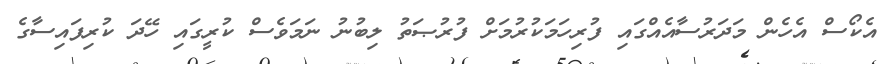
އެކޯސް އެހެން މަދަރުސާއެއްގައި ފުރިހަމަކުރުމަށް ފުރުޞަތު ލިބުނު ނަމަވެސް ކުރީގައި ހޭދަ ކުރިފައިސާގެ